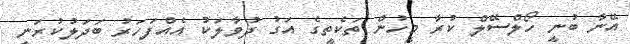
އޭނާ ބުނީ ހޯލްސޭލް ކުރާ މީހުން ތަކެތީގެ އަގު ދުވާލަކު އެއްފަހަރު ބަދަލުކުރަނީ